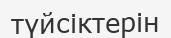
түйсіктерін